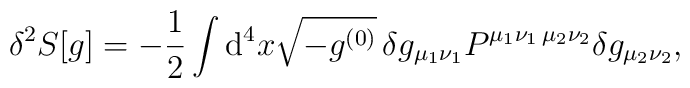
\delta^2 S[g] = -\frac 1 2 \int {\rm d}^4 x \sqrt{-g^{(0)}}\,\delta g_{\mu_1\nu_1}P^{\mu_1\nu_1\,\mu_2\nu_2} \delta g_{\mu_2\nu_2},